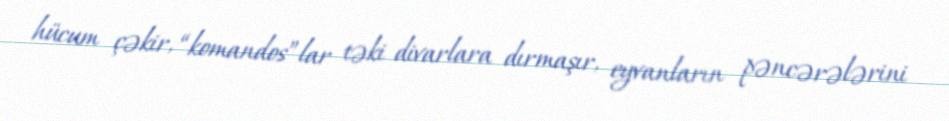
hücum çəkir, “komandos”lar təki divarlara dırmaşır, eyvanların pəncərələrini